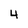
Character: 4